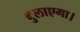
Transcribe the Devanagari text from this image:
बुलाएगा।